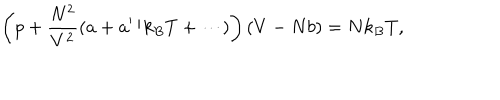
\left( p + { \frac { N ^ { 2 } } { V ^ { 2 } } } ( a + a ^ { \prime } / k _ { B } T + \cdots ) \right) ( V - N b ) = N k _ { B } T ,